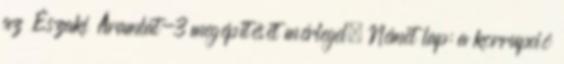
az Északi Áramlat-3 megépítését mérlegel. Német lap: a korrupció